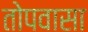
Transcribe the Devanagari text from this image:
तोपवासा